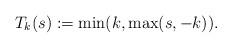
LaTeX: \begin{align*}T_k(s) := \min(k,\max(s,-k)).\end{align*}